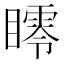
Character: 𥋞